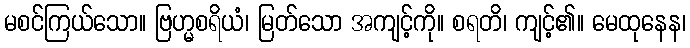
မစင်ကြယ်သော။ ဗြဟ္မစရိယံ၊ မြတ်သော အကျင့်ကို။ စရတိ၊ ကျင့်၏။ မေထုနေန၊